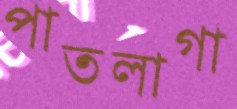
পাতলাগা